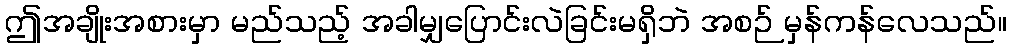
ဤအချိုးအစားမှာ မည်သည့် အခါမျှပြောင်းလဲခြင်းမရှိဘဲ အစဉ် မှန်ကန်လေသည်။